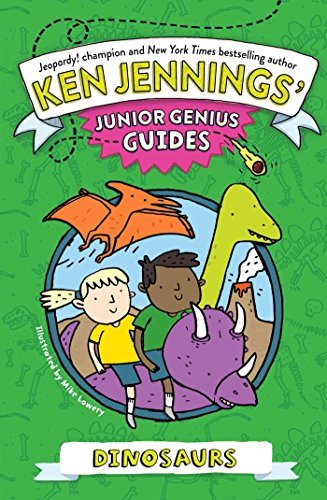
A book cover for Dinosaurs (Ken Jennings' Junior Genius Guides); Ken Jennings; Science & Math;